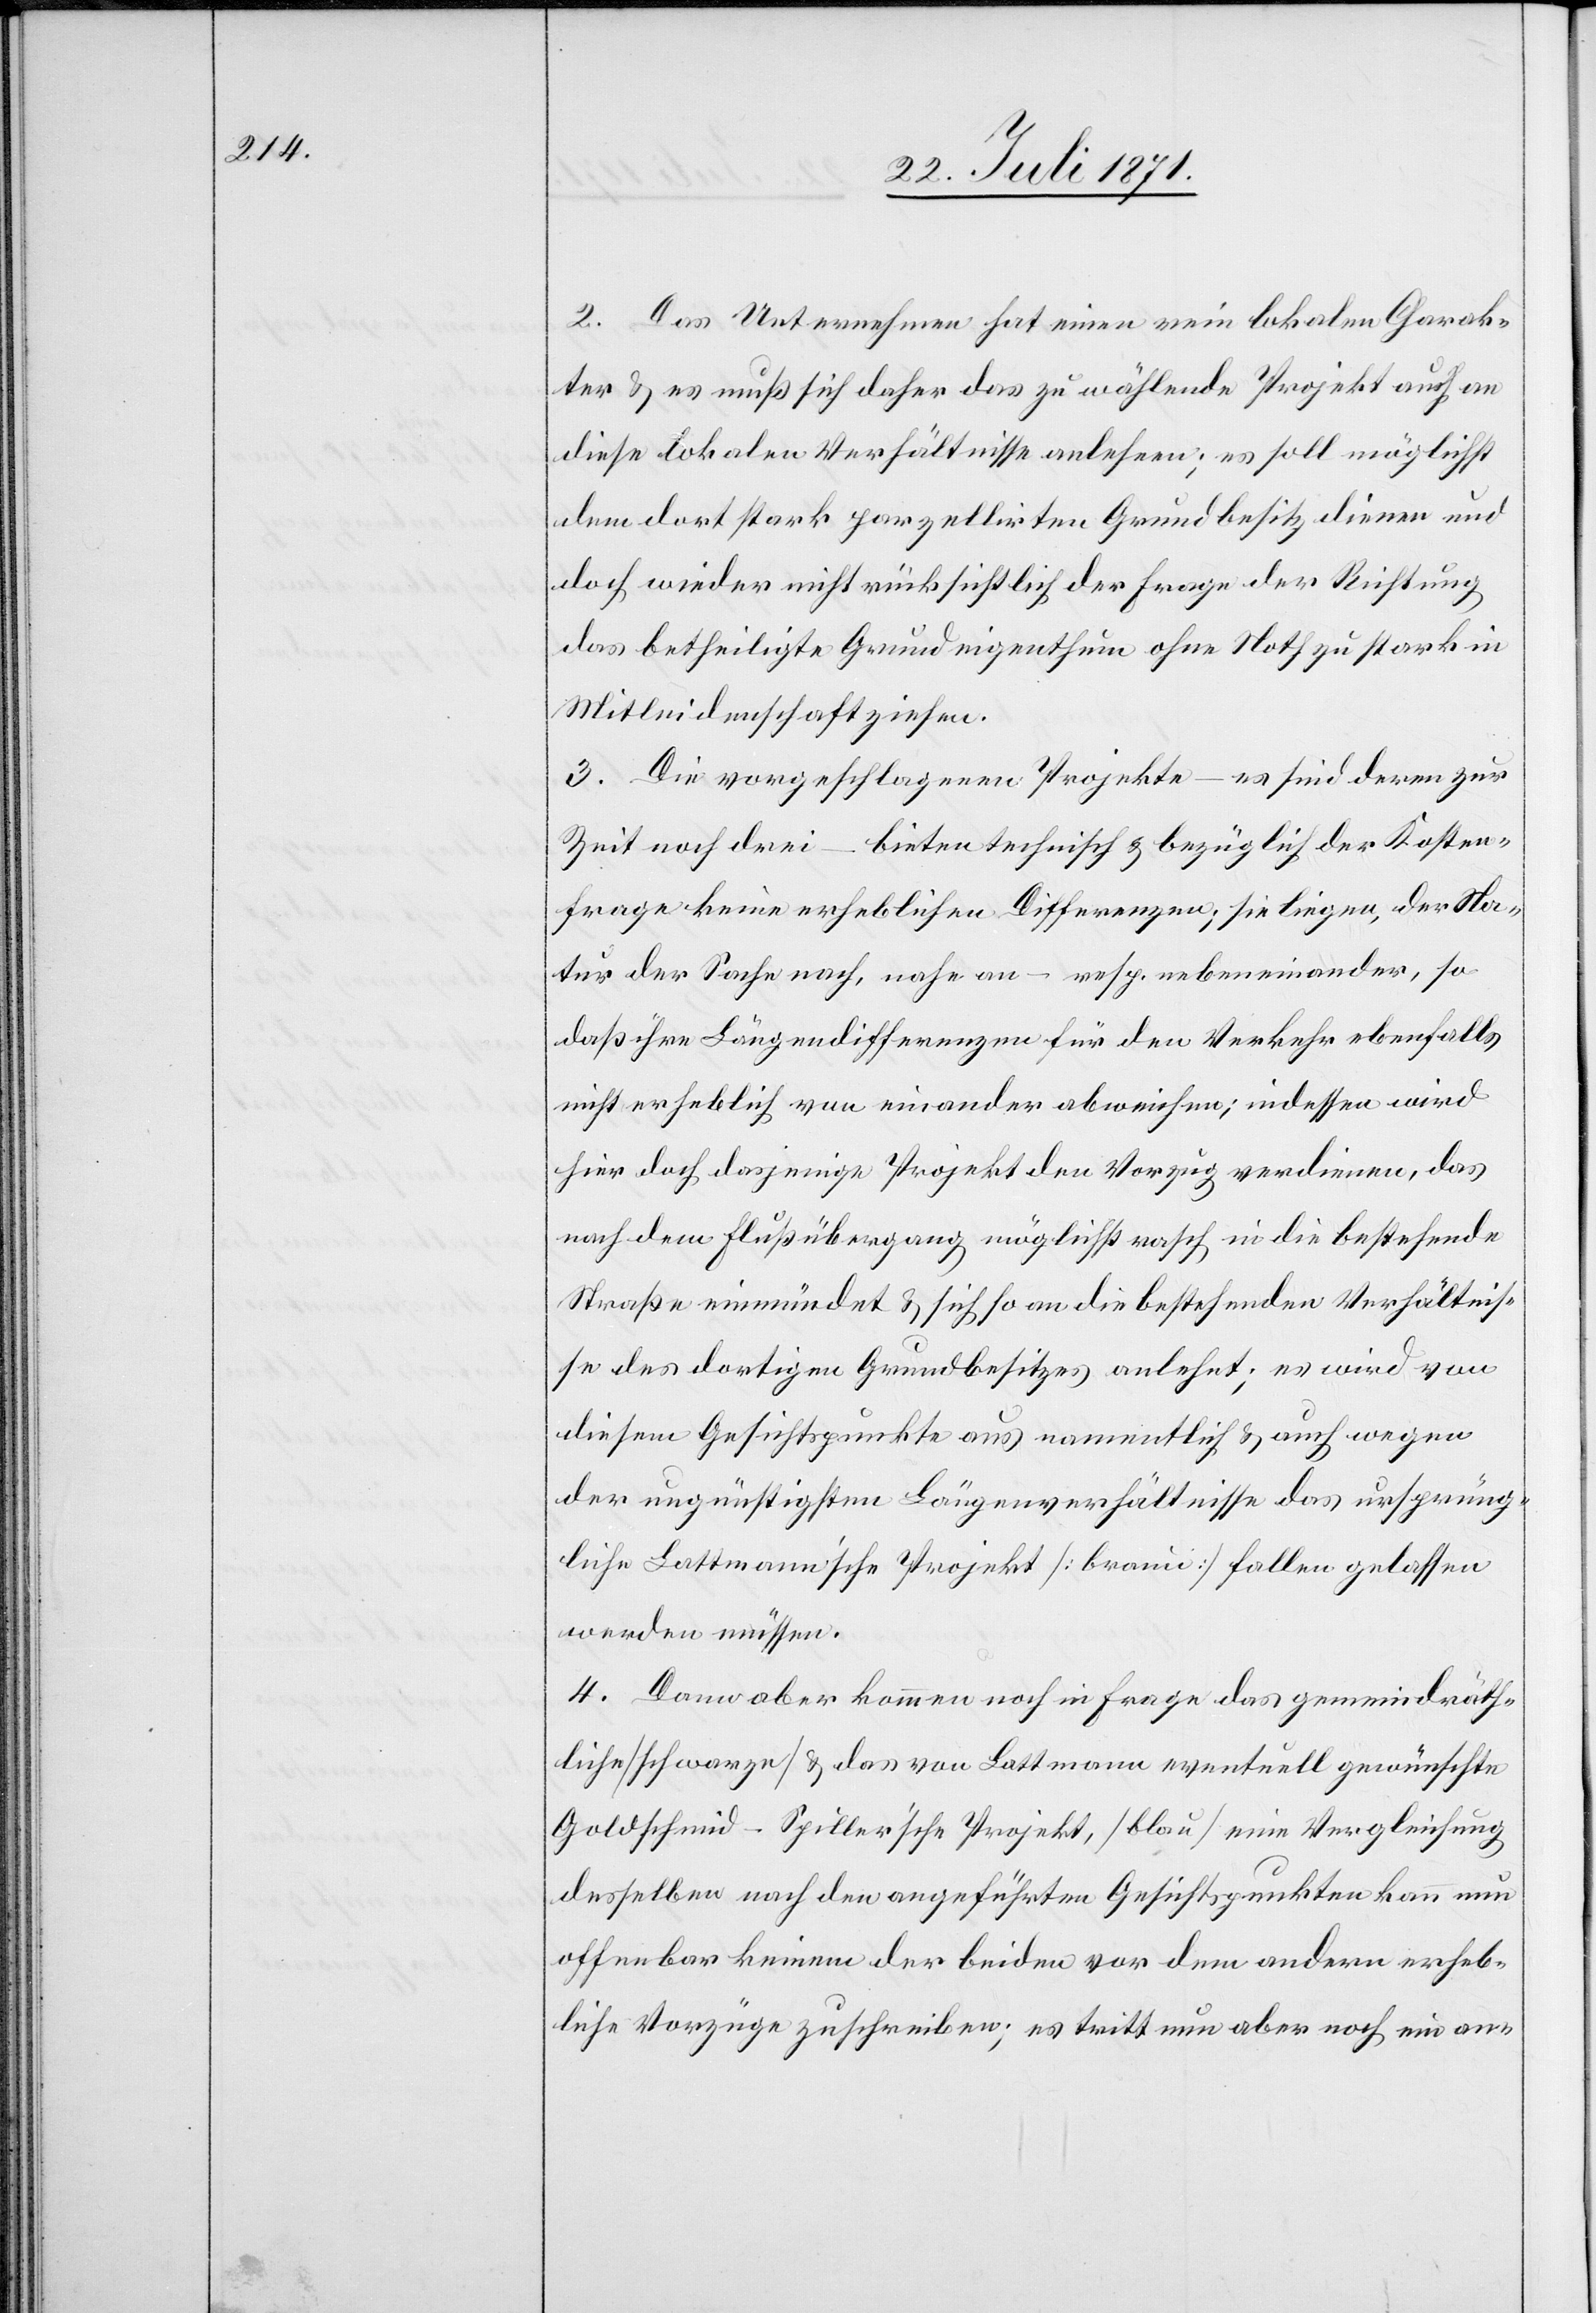
2. Das Unternehmen hat einen rein lokalen Charak¬
ter u. es muß sich daher das zu wählende Projekt auch an
diese lokalen Verhältnisse anlehnen; es soll möglichst
dem dort stark parzellirten Grundbesitz dienen und
doch wieder nicht rücksichtlich der Frage der Richtung
das betheiligte Grundeigenthum ohne Noth zu stark in
Mitleidenschaft ziehen.
3. Die vorgeschlagenen Projekte – es sind deren zur
Zeit noch drei – bieten technisch u. bezüglich der Kosten¬
frage keine erheblichen Differenzen; sie liegen, der Na¬
tur der Sache nach, nahe an – resp. nebeneinander, so
daß ihre Längendifferenzen für den Verkehr ebenfalls
nicht erheblich von einander abweichen; indessen wird
hier doch dasjenige Projekt den Vorzug verdienen, das
nach dem Flußübergang möglichst rasch in die bestehende
Straße einmündet u. sich so an die bestehenden Verhältnis¬
se des dortigen Grundbesitzes anlehnt; es wird von
diesem Gesichtspunkte aus namentlich u. auch wegen
der ungünstigsten Längenverhältnisse das ursprüng¬
liche Lattmann’sche Projekt [braun] fallen gelassen
werden müssen.
4. Dann aber kommen noch in Frage das gemeindräth¬
liche [schwarz] u. das von Lattmann eventuell gewünschte
Goldschmid-Spiller’sche Projekt, [blau] eine Vergleichung
desselben nach den angeführten Gesichtspunkten kann nun
offenbar keinem der beiden vor dem andern erheb¬
liche Vorzüge zuschreiben; es tritt nun aber noch ein an-